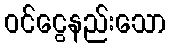
ဝင်ငွေနည်းသော